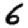
Digit: 6